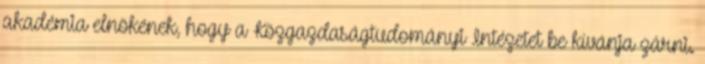
akadémia elnökének, hogy a Közgazdaságtudományi Intézetet be kívánja zárni.